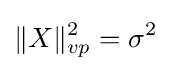
\|X\|_{vp}^{2}=\sigma ^{2}